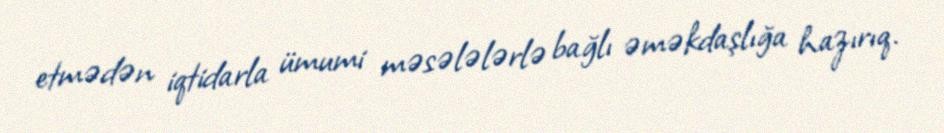
etmədən iqtidarla ümumi məsələlərlə bağlı əməkdaşlığa hazırıq.